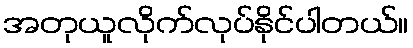
အတုယူလိုက်လုပ်နိုင်ပါတယ်။